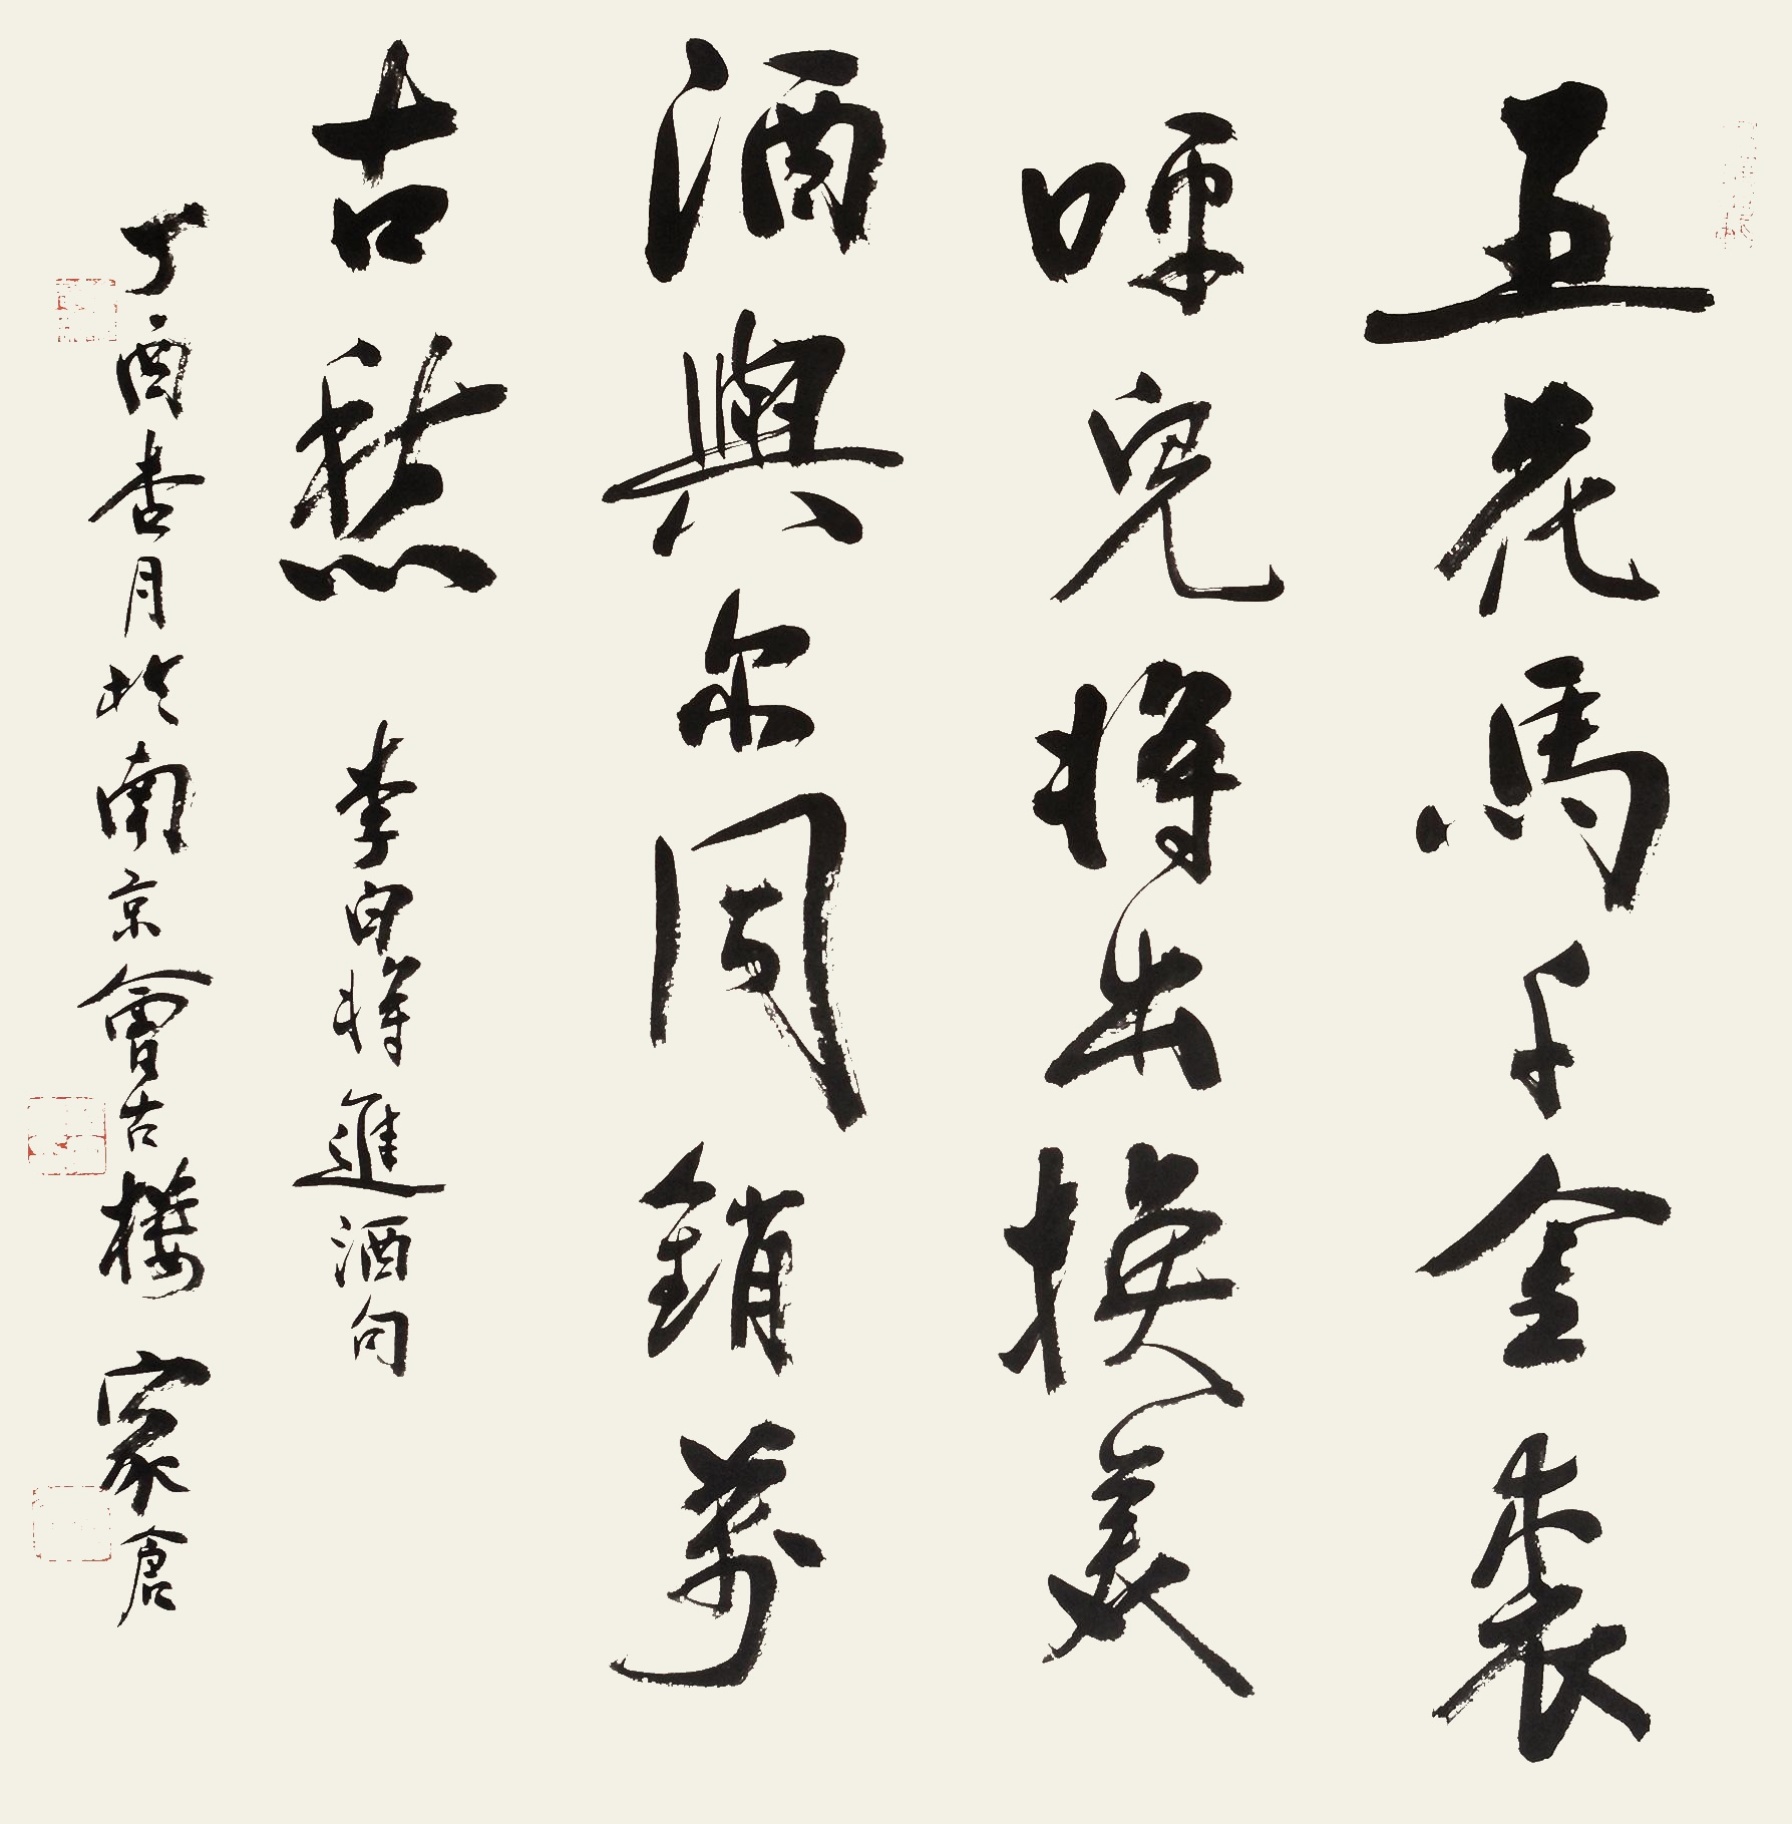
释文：五花马，千金裘。唤儿将出换美酒，与尔同销万古愁。李白将进酒句。丁酉杏月于南京会古楼，家仓。